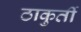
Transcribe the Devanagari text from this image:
ठाकुर्ती